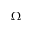
\Omega